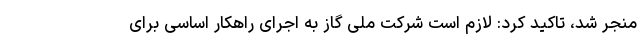
منجر شد، تاکید کرد: لازم است شرکت ملی گاز به اجرای راهکار اساسی برای